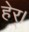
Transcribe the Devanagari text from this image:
हेर्।